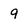
Character: 9